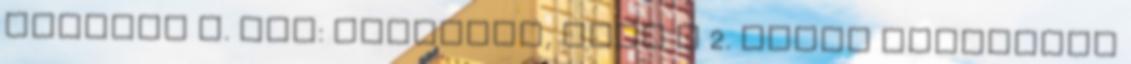
Kelemen Z. Pál: Javaslom, hogy a 2. számú melléklet